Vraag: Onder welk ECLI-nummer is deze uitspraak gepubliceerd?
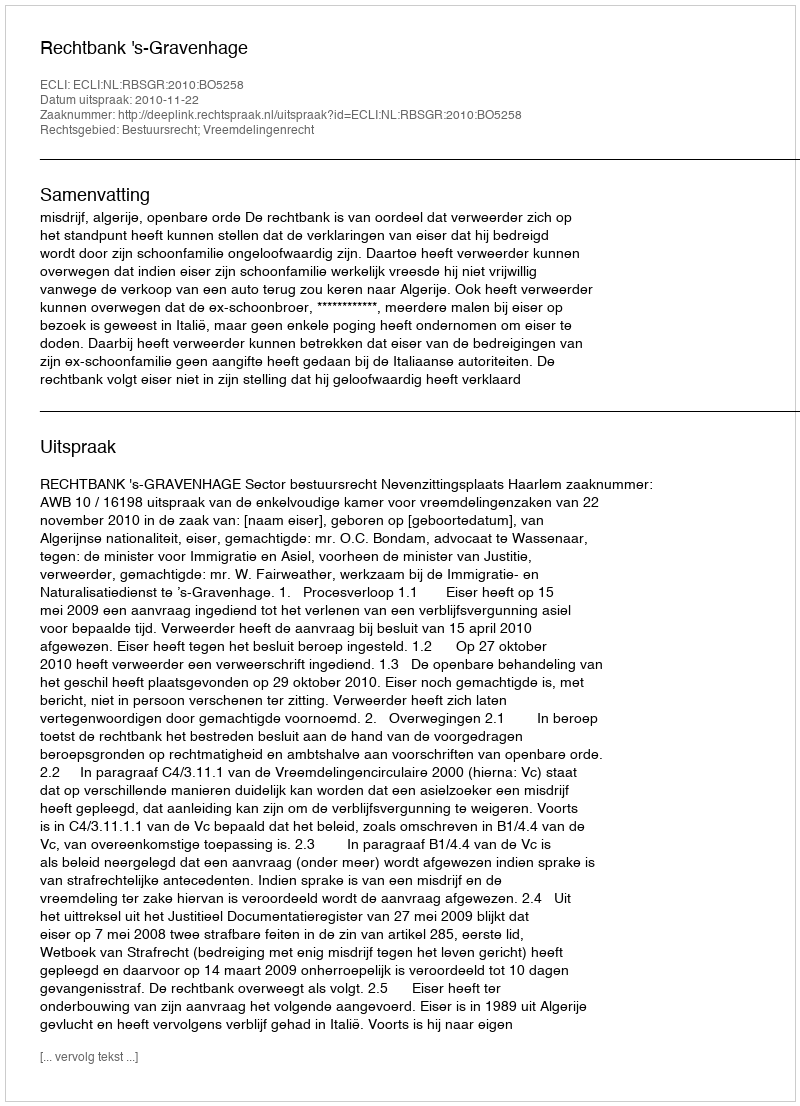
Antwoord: ECLI:NL:RBSGR:2010:BO5258